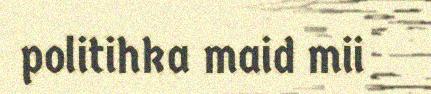
politihka maid mii